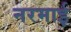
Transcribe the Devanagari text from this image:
नरमाई